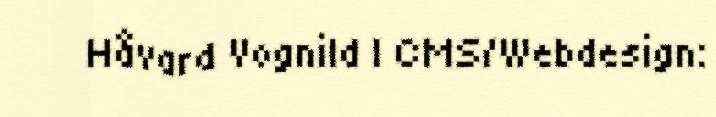
Håvard Vognild | CMS/Webdesign: